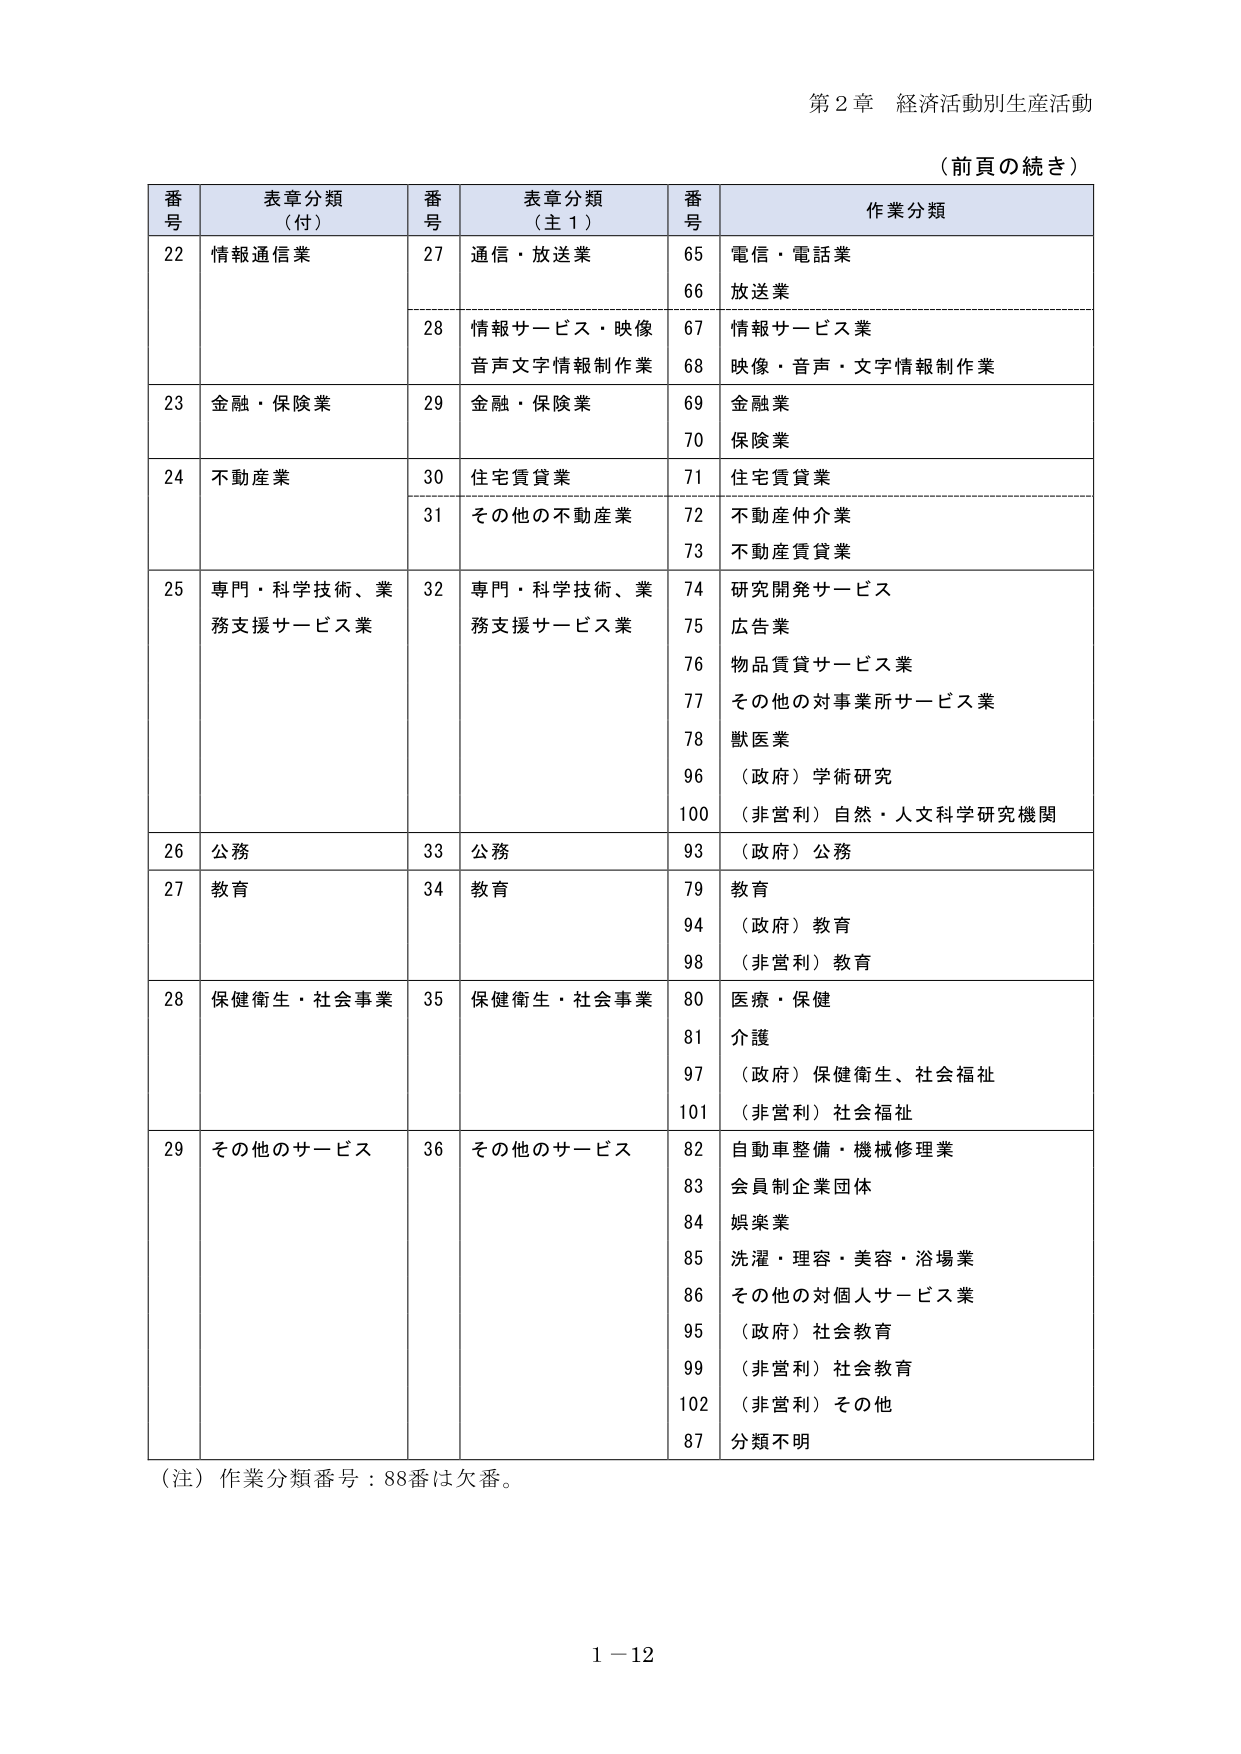
第２章 経済活動別生産活動
（前頁の続き）

番号 表章分類（付） 番号 表章分類（主１） 番号 作業分類
22 情報通信業 27 通信・放送業 65 電信・電話業
66 放送業
28 情報サービス・映像音声文字情報制作業 67 情報サービス業
68 映像・音声・文字情報制作業
23 金融・保険業 29 金融・保険業 69 金融業
70 保険業
24 不動産業 30 住宅賃貸業 71 住宅賃貸業
31 その他の不動産業 72 不動産仲介業
73 不動産賃貸業
25 専門・科学技術、業務支援サービス業 32 専門・科学技術、業務支援サービス業 74 研究開発サービス
75 広告業
76 物品賃貸サービス業
77 その他の対事業所サービス業
78 獣医業
96 （政府）学術研究
100 （非営利）自然・人文科学研究機関
26 公務 33 公務 93 （政府）公務
27 教育 34 教育 79 教育
94 （政府）教育
98 （非営利）教育
28 保健衛生・社会事業 35 保健衛生・社会事業 80 医療・保健
81 介護
97 （政府）保健衛生、社会福祉
101 （非営利）社会福祉
29 その他のサービス 36 その他のサービス 82 自動車整備・機械修理業
83 会員制企業団体
84 娯楽業
85 洗濯・理容・美容・浴場業
86 その他の対個人サービス業
95 （政府）社会教育
99 （非営利）社会教育
102 （非営利）その他
87 分類不明

（注）作業分類番号：88番は欠番。
1－12